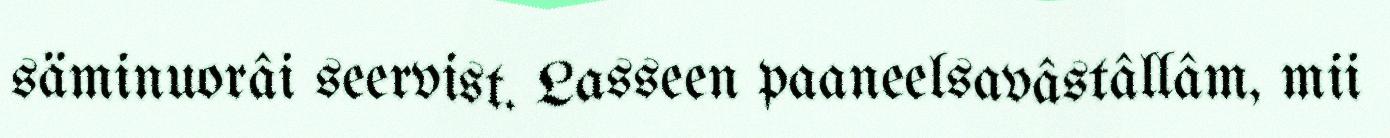
säminuorâi seervist. Lasseen paaneelsavâstâllâm, mii